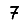
Digit: 7